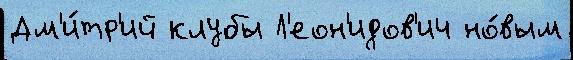
Дм'и́тр'ий клубы Л'еон'идов'ич но́вым